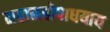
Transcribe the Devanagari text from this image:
महामहोपाधयाय